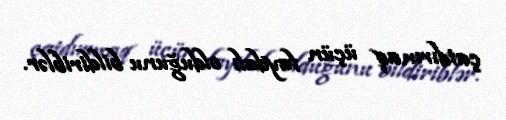
çatdırmaq üçün faydalı olduğunu bildiriblər.